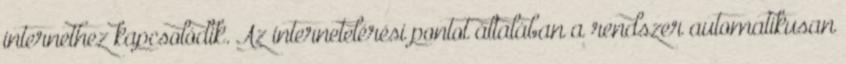
internethez kapcsolódik. Az internetelérési pontot általában a rendszer automatikusan